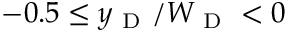
- 0 . 5 \leq y _ { \mathrm { ~ D ~ } } / W _ { \mathrm { ~ D ~ } } < 0